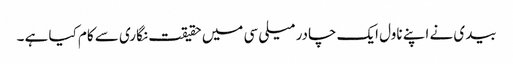
بیدی نے اپنے ناول ایک چادر میلی سی میں حقیقت نگاری سے کام کیا ہے ۔